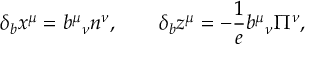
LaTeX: \qquad \delta _ { b } x ^ { \mu } = b ^ { \mu } { } _ { \nu } n ^ { \nu } , \qquad \delta _ { b } z ^ { \mu } = - \frac 1 { e } b ^ { \mu } { } _ { \nu } \Pi ^ { \nu } ,